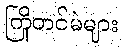
ကြိုတင်မဲများ